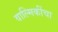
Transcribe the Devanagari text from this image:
वाल्मिकींचा